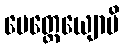
ပေတ္တေယျောပိ